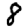
Digit: 8